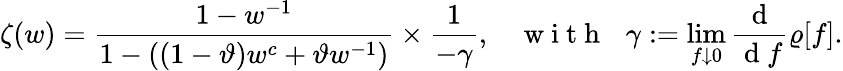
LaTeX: \zeta(w)=\frac{1-w^{-1}}{1-((1-\vartheta)w^{c}+\vartheta w^{-1})}\times\frac{1}{-\gamma},\: \: \: \: \mathrm{~w~i~t~h~}\: \: \: \gamma:=\operatorname*{lim}_{f\downarrow 0}\frac{\mathrm{~d~}}{\mathrm{~d~}f}\varrho[f].